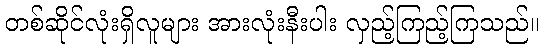
တစ်ဆိုင်လုံးရှိလူများ အားလုံးနီးပါး လှည့်ကြည့်ကြသည်။